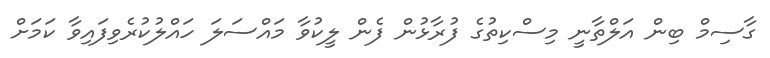
ގާސިމް ބިން އަލްތާނީ މިސްކިތުގެ ފުރާޅުން ފެން ލީކުވާ މައްސަލަ ހައްލުކުރެވިފައިވާ ކަމަށް